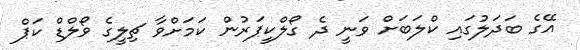
އޭގެ ބަދަލުގައި ކްލަބަށް ވަނީ ދެ ގޯލްކީޕަރުން ކަމަށްވާ ޗިލީގެ ވޯލްޑް ކަޕް